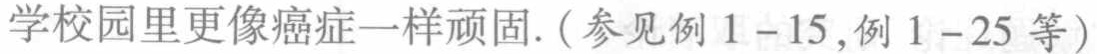
学校园里更像癌症一样顽固. (参见例 1--15,例 1--25 等)